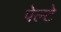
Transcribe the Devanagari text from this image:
पेल्टे